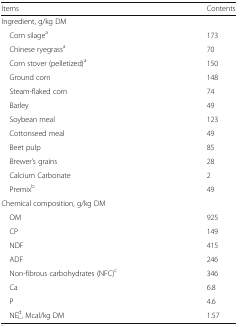
<table><thead><tr><td><b>Items</b></td><td><b>Contents</b></td></tr></thead><tbody><tr><td>Ingredient, g/kg DM</td><td></td></tr><tr><td> Corn silage<sup>a</sup></td><td>173</td></tr><tr><td> Chinese ryegrass<sup>a</sup></td><td>70</td></tr><tr><td> Corn stover (pelletized)<sup>a</sup></td><td>150</td></tr><tr><td> Ground corn</td><td>148</td></tr><tr><td> Steam-flaked corn</td><td>74</td></tr><tr><td> Barley</td><td>49</td></tr><tr><td> Soybean meal</td><td>123</td></tr><tr><td> Cottonseed meal</td><td>49</td></tr><tr><td> Beet pulp</td><td>85</td></tr><tr><td> Brewer’s grains</td><td>28</td></tr><tr><td> Calcium Carbonate</td><td>2</td></tr><tr><td> Premix<sup>b</sup></td><td>49</td></tr><tr><td>Chemical composition, g/kg DM</td><td></td></tr><tr><td> OM</td><td>925</td></tr><tr><td> CP</td><td>149</td></tr><tr><td> NDF</td><td>415</td></tr><tr><td> ADF</td><td>246</td></tr><tr><td> Non-fibrous carbohydrates (NFC)<sup>c</sup></td><td>346</td></tr><tr><td> Ca</td><td>6.8</td></tr><tr><td> P</td><td>4.6</td></tr><tr><td> NE<sub>L</sub><sup>d</sup>, Mcal/kg DM</td><td>1.57</td></tr></tbody></table>